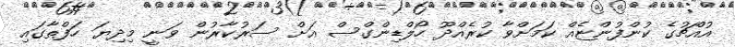
އުއްޗުގެ ކުންފުންޏެއް ކަމަށްވާ ކުރެއްދޫ ހޯލްޑިންގްސް އަށް ސަރުކާރުން ވަނީ މިދިޔަ ހަފްތާގައި